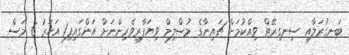
ބަނގުރަލާއި ސިނގިރޭޓް ވިއްކުމަށް ޗައިނާގެ މުސްލިމް ވިޔަފާރިވެރިންނަށް އަންގައިފި1 އަހަރު 6 މަސް